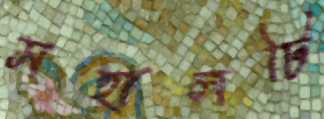
মহালটি